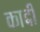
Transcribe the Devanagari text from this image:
काद्दी